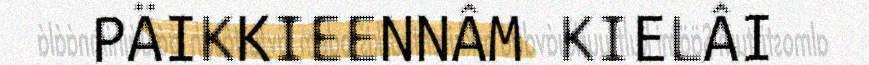
PÄIKKIEENNÂM KIELÂI